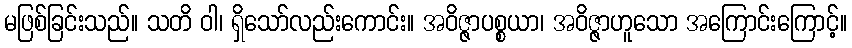
မဖြစ်ခြင်းသည်။ သတိ ဝါ၊ ရှိသော်လည်းကောင်း။ အဝိဇ္ဇာပစ္စယာ၊ အဝိဇ္ဇာဟူသော အကြောင်းကြောင့်။